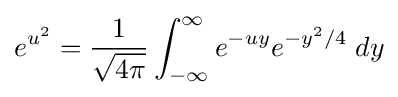
e^{u^{2}}={\frac {1}{\sqrt {4\pi }}}\int _{-\infty }^{\infty }e^{-uy}e^{-y^{2}/4}\;dy